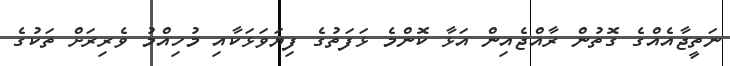
ނަތީޖާއެއްގެ ގޮތުން ރާއްޖެއިން އަޅާ ކޮންމެ ޅަފަތުގެ ފިޔަވަޅަކާއި މުހިއްމު ވެރިރަށް ތަކުގެ